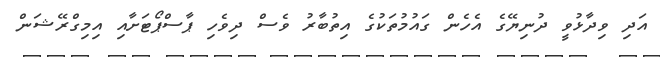
އަދި ވިދާޅުވީ ދުނިޔޭގެ އެހެން ގައުމުތަކުގެ އިތުބާރު ވެސް ދިވެހި ޕާސްޕޯޓަށާއި އިމިގްރޭޝަން